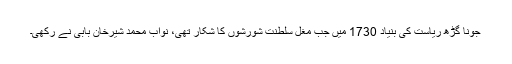
جونا گڑھ ریاست کی بنیاد 1730 میں جب مغل سلطنت شورشوں کا شکار تھی، نواب محمد شیرخان بابی نے رکھی۔